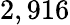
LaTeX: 2,916